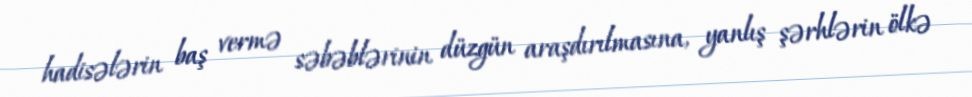
hadisələrin baş vermə səbəblərinin düzgün araşdırılmasına, yanlış şərhlərin ölkə